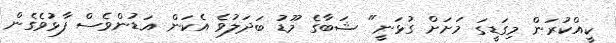
ކީއްކުރަން މިގަޑީގަ މަށަށް ގުޅަނީ" ޝަބާގެ މޫޑު ބަދަލުވެ އެކަން އަޑުންވެސް ފާޅުވެގެން